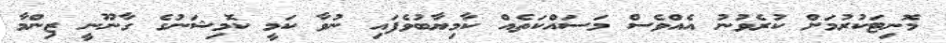
މޮނިޓަކުރުމަށް ކުރެވުނު އެއްވެސް މަސައްކަތެއް ކާމިޔާބުވެފައި ނުވާ ކަމީ ކޮމިޝަނުގެ ގާނޫނީ ޒިންމާ